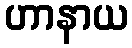
ဟာနာယ